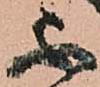
不